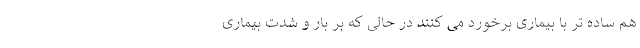
هم ساده تر با بیماری برخورد می کنند در حالی که بر بار و شدت بیماری